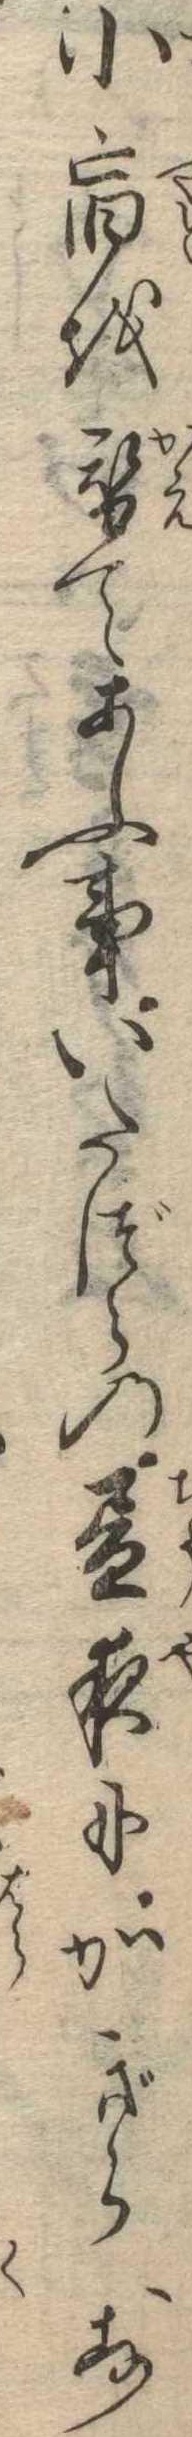
小宿を替てあふ事いたづらの昼夜にかぎらず